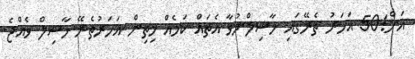
އަށް!50 އަހަރު ތެރޭގައި ހާސިލްނުވާ އެތައް ކަމެއް މިތިން އަހަރުތެރޭ ހާސިލް ވެއްޖެ